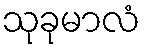
သုခုမာလံ